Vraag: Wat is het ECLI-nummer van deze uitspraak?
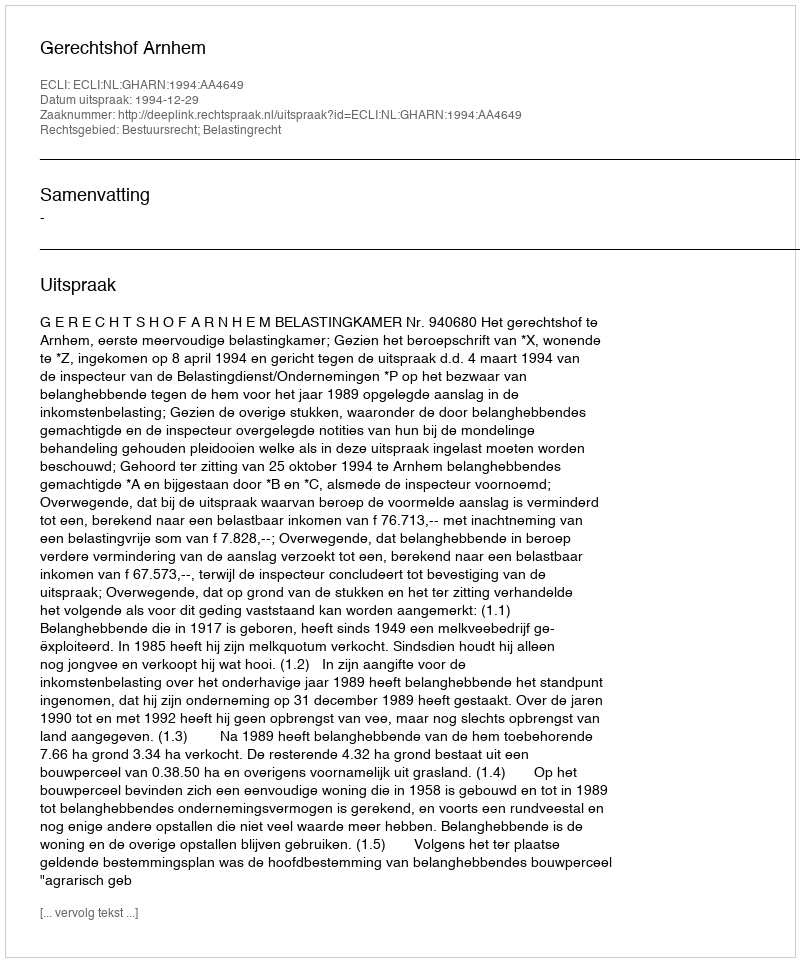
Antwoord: ECLI:NL:GHARN:1994:AA4649